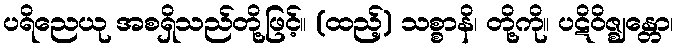
ပရိညေယု အစရှိသည်တို့ဖြင့်။ (ထည့်) သစ္စာနိ၊ တို့ကို။ ပဋိဝိဇ္ဈန္တော၊